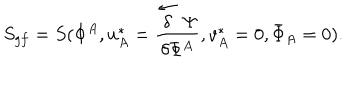
LaTeX: S _ { g f } = S ( \Phi ^ { A } , u _ { A } ^ { * } = \frac { \stackrel { \leftarrow } { \delta } \Psi } { \delta \Phi ^ { A } } , v _ { A } ^ { * } = 0 , { \bar { \Phi } } _ { A } = 0 ) .